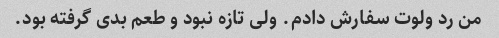
من رد ولوت سفارش دادم. ولی تازه نبود و طعم بدی گرفته بود.